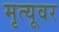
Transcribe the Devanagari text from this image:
मृत्‍यूवर